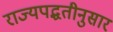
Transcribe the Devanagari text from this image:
राज्यपद्धतीनुसार